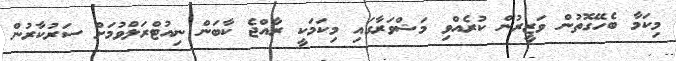
މިކަމާ ބެހޭގޮތުން ވަޒީރުން ކުރެއްވި މަޝްވަރާގައި މިކަމަކީ ރާއްޖެ ކާބަން ނިއުޓްރަލްވުމަށް ސަރުކާރުން